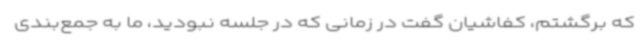
که برگشتم، کفاشیان گفت در زمانی که در جلسه نبودید، ما به جمع‌بندی